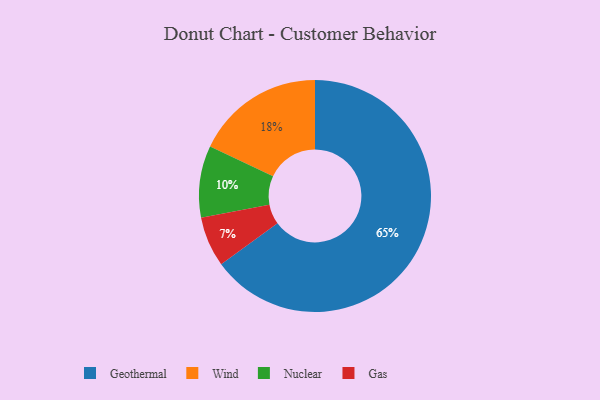
{"axis": {"x": "Category", "y": "Percentage"}, "legend": ["Gas", "Geothermal", "Nuclear", "Wind"], "data": [{"x": "Geothermal", "y": 65, "type": "Geothermal"}, {"x": "Wind", "y": 18, "type": "Wind"}, {"x": "Gas", "y": 7, "type": "Gas"}, {"x": "Nuclear", "y": 10, "type": "Nuclear"}]}